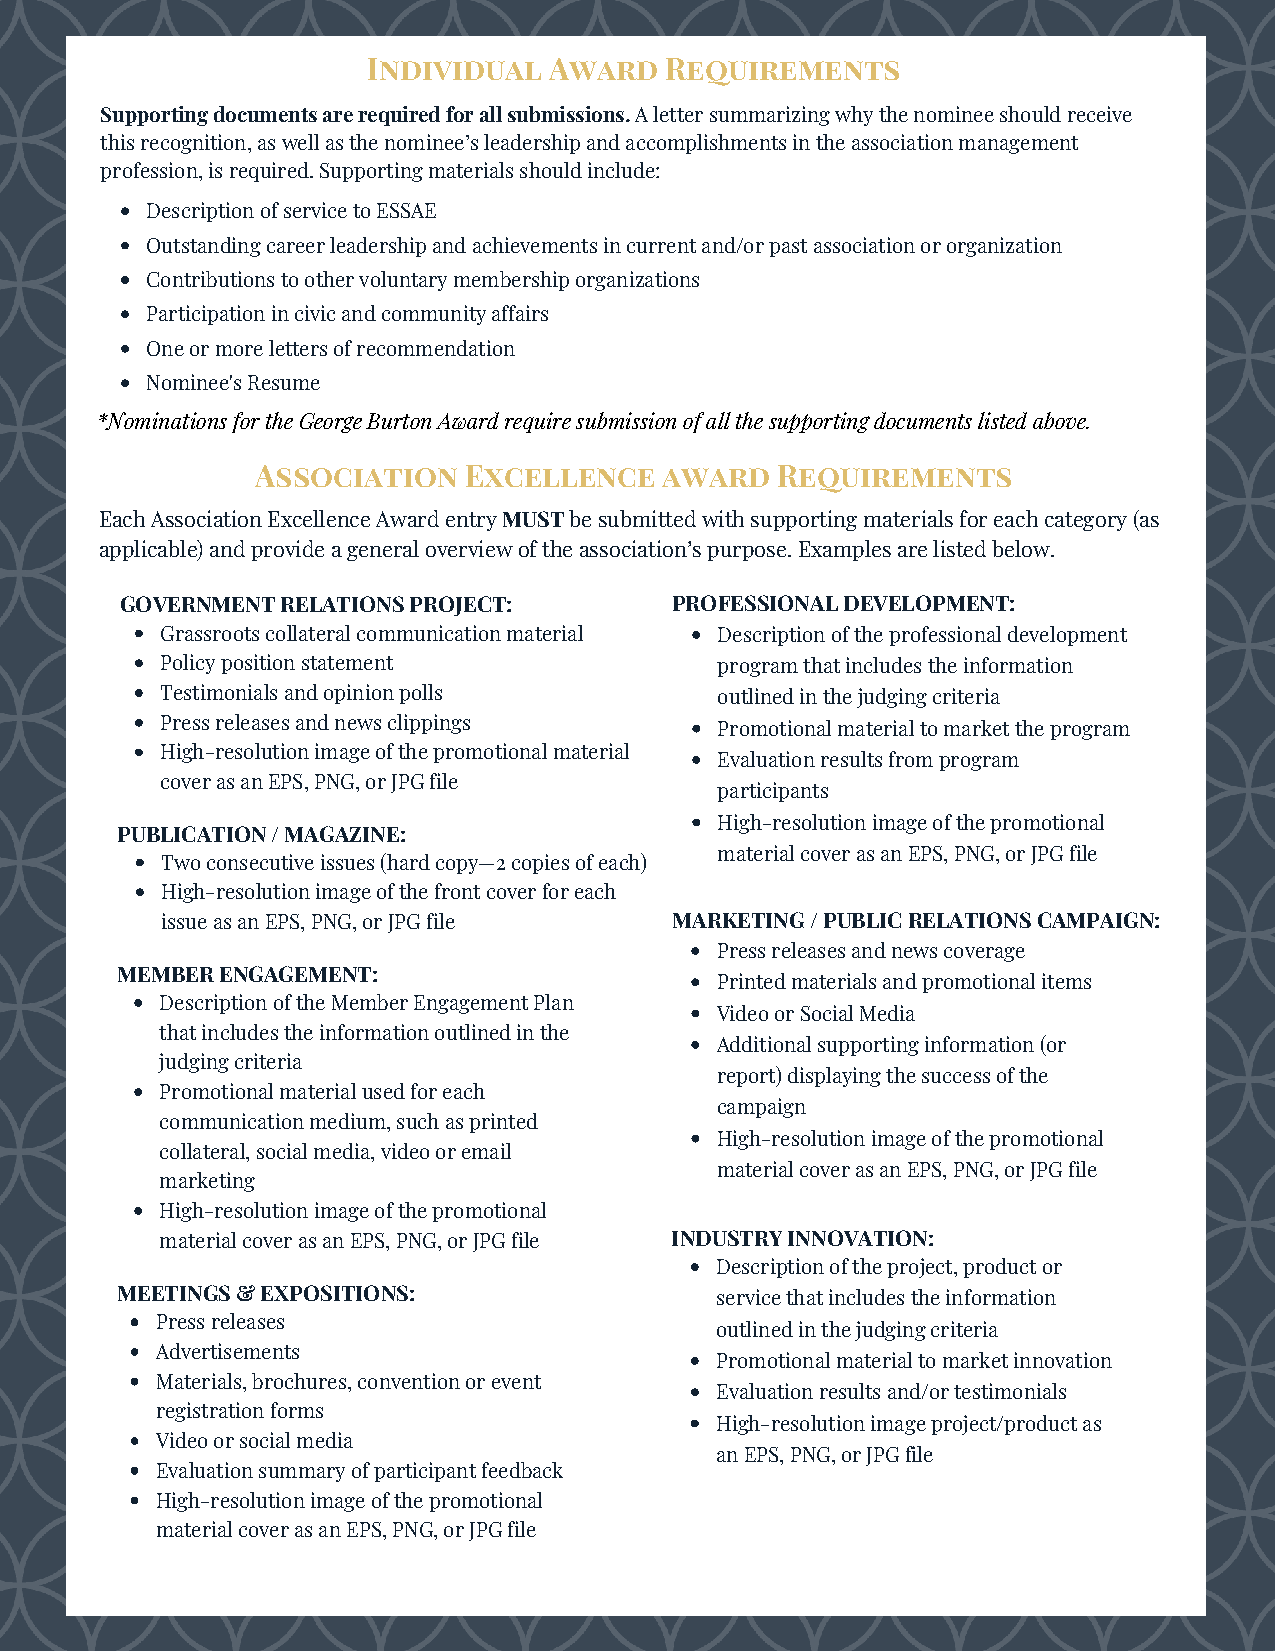
Individual  Award   Requirements
 Supporting documents are required for all submissions. A letter summarizing why the nominee should receive
 this recognition, as well as the nominee’s leadership and accomplishments in the association management
 profession, is required. Supporting materials should include:
 Description of service to ESSAE
 Outstanding career leadership and achievements in current and/or past association or organization
 Contributions to other voluntary membership organizations
 Participation in civic and community affairs
 One or more letters of recommendation
 Nominee's Resume
 *Nominations for the George Burton Award require submission of all the supporting documents listed above.
 Association   Excellence   award  Requirements
 Each Association Excellence Award entry MUST be submitted with supporting materials for each category (as
 applicable) and provide a general overview of the association’s purpose. Examples are listed below.
 GOVERNMENT RELATIONS PROJECT:       PROFESSIONAL DEVELOPMENT:
 Grassroots collateral communication material Description of the professional development
 Policy position statement            program that includes the information
 Testimonials and opinion polls       outlined in the judging criteria
 Press releases and news clippings    Promotional material to market the program
 High-resolution image of the promotional material
 Evaluation results from program
 cover as an EPS, PNG, or JPG file
 participants
 High-resolution image of the promotional
 PUBLICATION / MAGAZINE:
 material cover as an EPS, PNG, or JPG file
 Two consecutive issues (hard copy—2 copies of each)
 High-resolution image of the front cover for each
 issue as an EPS, PNG, or JPG file MARKETING / PUBLIC RELATIONS CAMPAIGN:
 Press releases and news coverage
 MEMBER ENGAGEMENT:
 Printed materials and promotional items
 Description of the Member Engagement Plan
 Video or Social Media
 that includes the information outlined in the
 Additional supporting information (or
 judging criteria
 report) displaying the success of the
 Promotional material used for each
 campaign
 communication medium, such as printed
 High-resolution image of the promotional
 collateral, social media, video or email
 material cover as an EPS, PNG, or JPG file
 marketing
 High-resolution image of the promotional
 material cover as an EPS, PNG, or JPG file INDUSTRY INNOVATION:
 Description of the project, product or
 MEETINGS & EXPOSITIONS:                service that includes the information
 Press releases
 outlined in the judging criteria
 Advertisements
 Promotional material to market innovation
 Materials, brochures, convention or event
 Evaluation results and/or testimonials
 registration forms
 High-resolution image project/product as
 Video or social media
 an EPS, PNG, or JPG file
 Evaluation summary of participant feedback
 High-resolution image of the promotional
 material cover as an EPS, PNG, or JPG file